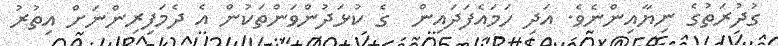
ގުދުރަތުގެ ނިޔާއިންނެވެ. އަދި ހަމައެފަދައިން  ގެ ކުޅަދުންވަންތަކުން އެ ދެމަފިރިންނަށް އިތުރު